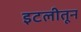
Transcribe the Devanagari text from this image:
इटलीतून